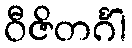
ဝီဇိတင်္ဂါ